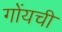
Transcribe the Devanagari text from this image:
गोंयची